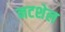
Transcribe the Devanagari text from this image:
नटशेल